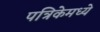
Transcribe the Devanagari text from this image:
पत्रिकेमध्ये